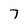
Character: 7